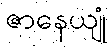
ဇာနေယျုံ